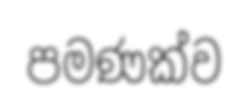
පමණක්ව